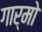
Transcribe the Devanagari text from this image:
गार्मो